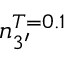
n _ { 3 ^ { \prime } } ^ { T = 0 . 1 }